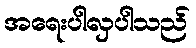
အရေးပါလှပါသည်